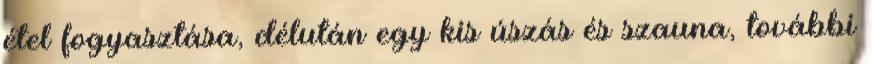
étel fogyasztása, délután egy kis úszás és szauna, további